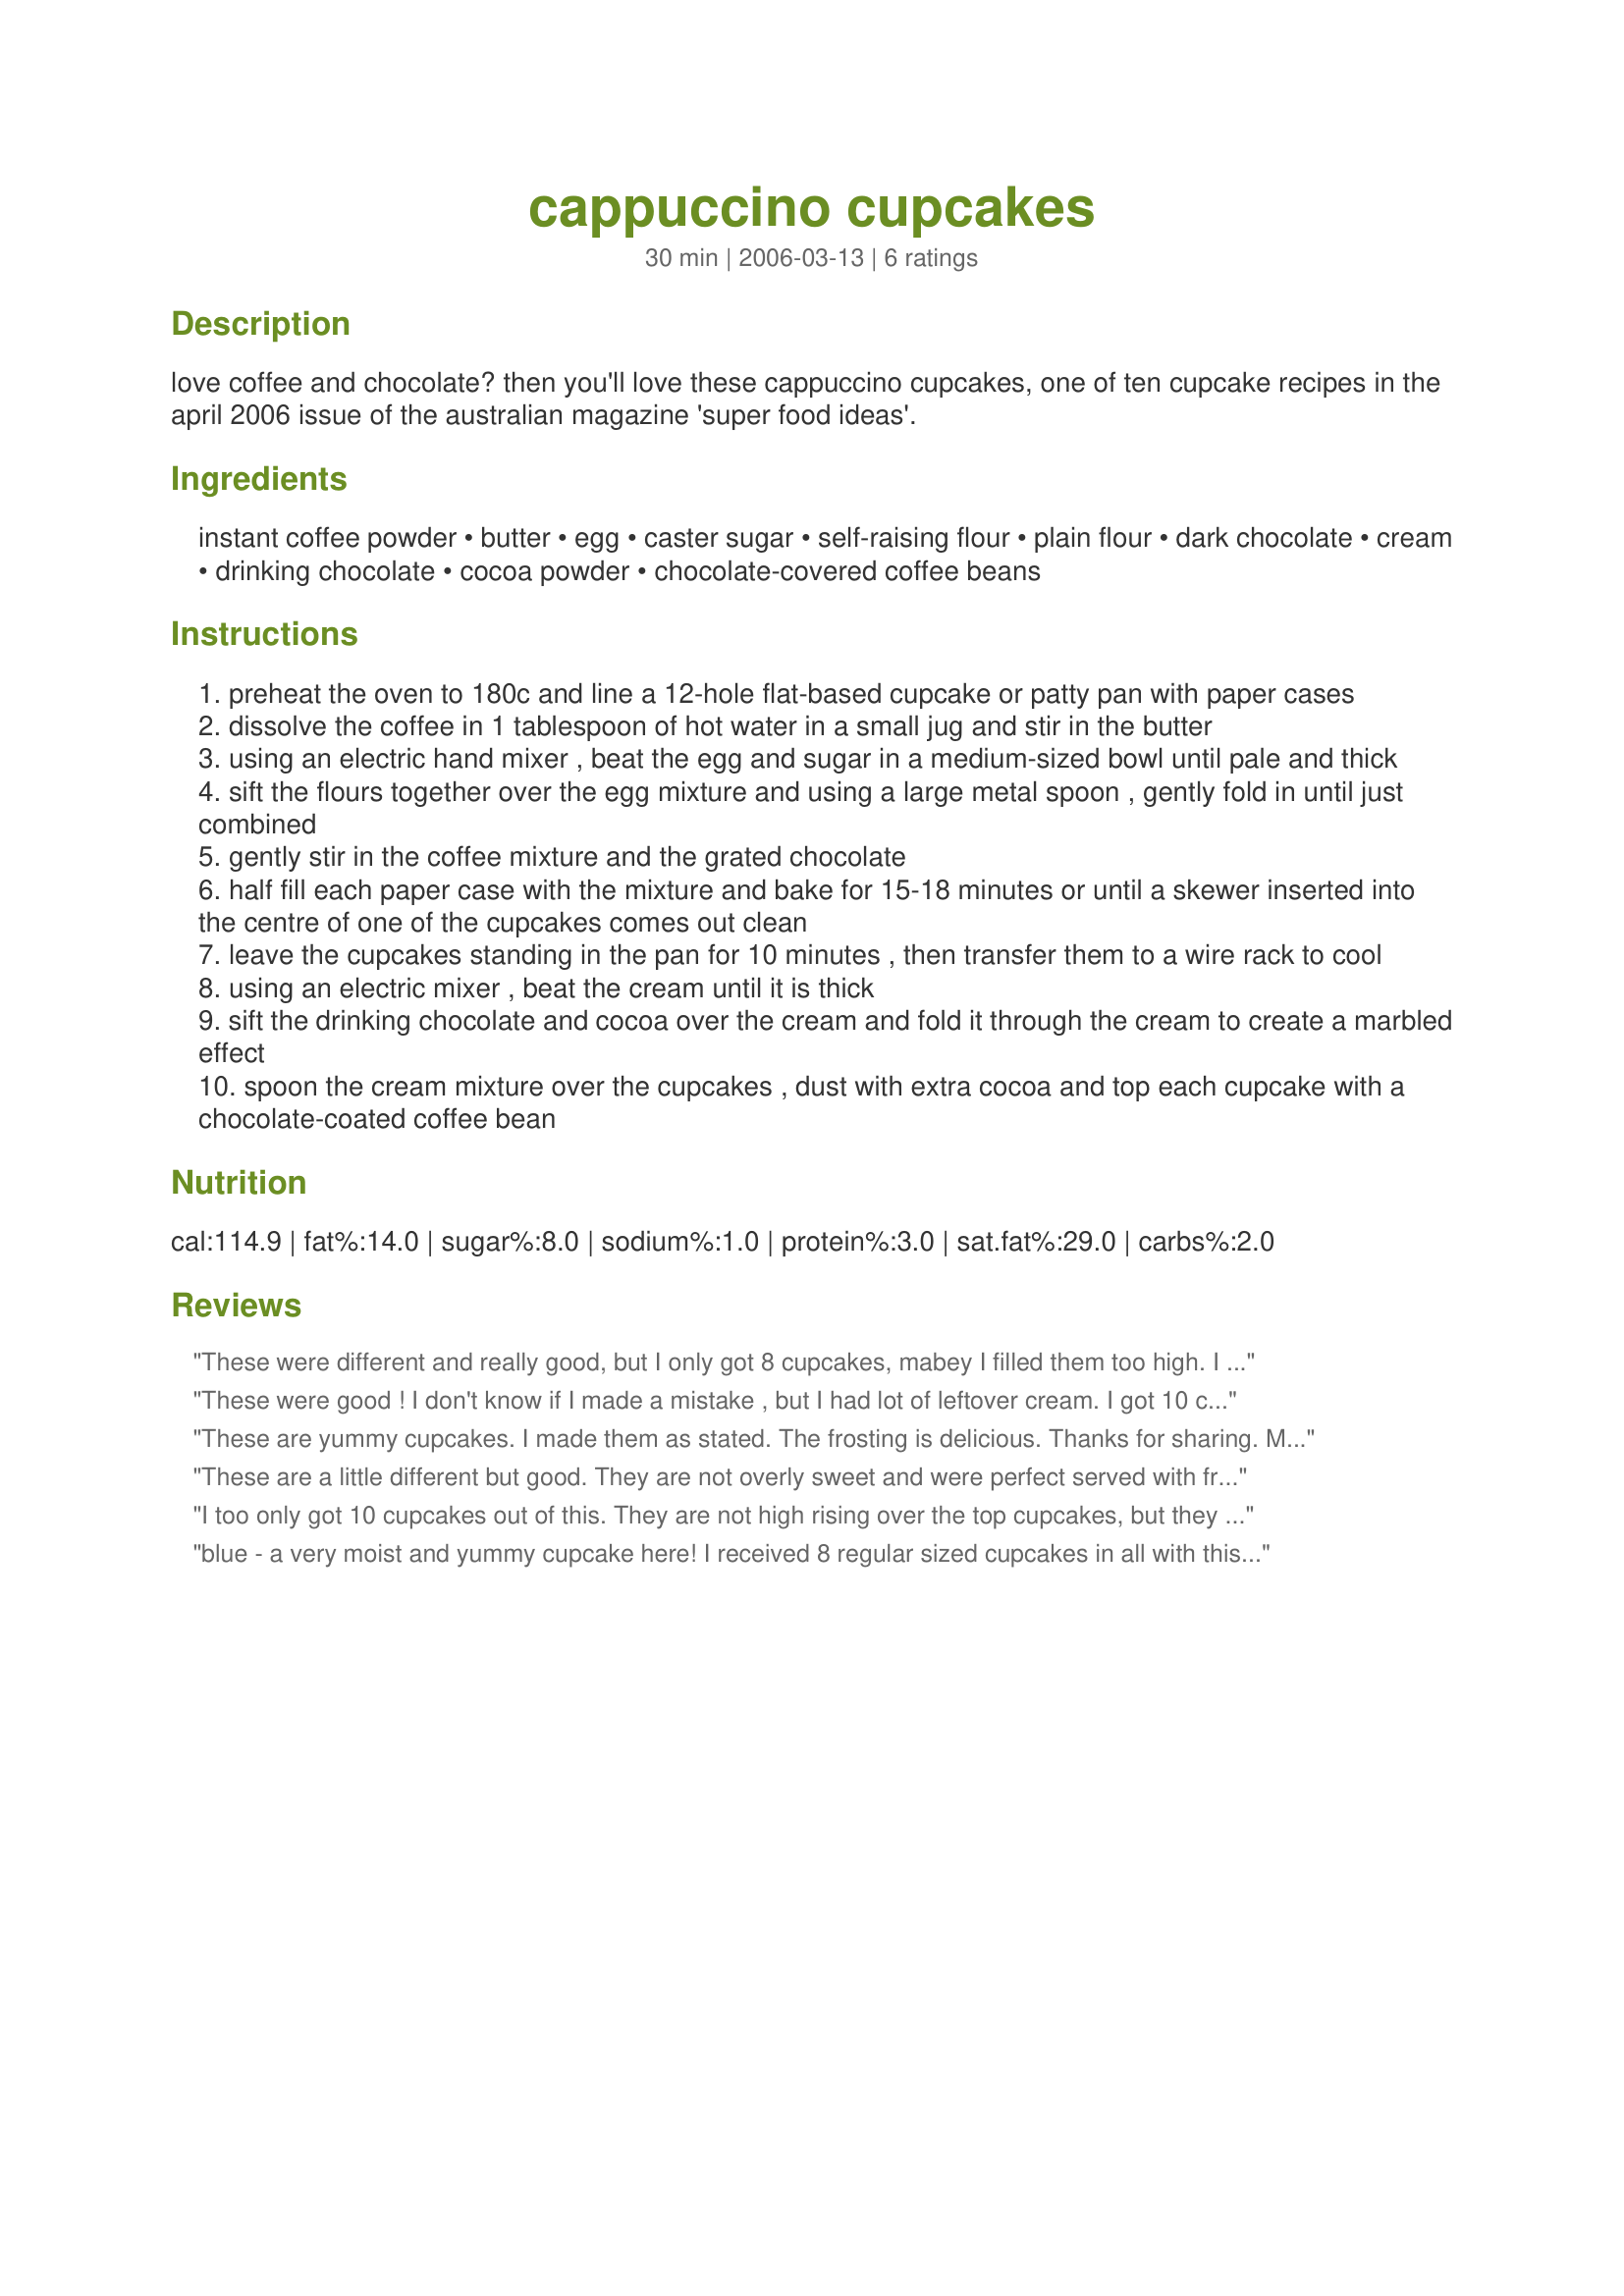
cappuccino cupcakes
Preparation time: 30 minutes

love coffee and chocolate? then you'll love these cappuccino cupcakes, one of ten cupcake recipes in the april 2006 issue of the australian magazine 'super food ideas'.

Ingredients:
instant coffee powder, butter, egg, caster sugar, self-raising flour, plain flour, dark chocolate, cream, drinking chocolate, cocoa powder, chocolate-covered coffee beans

Steps:
preheat the oven to 180c and line a 12-hole flat-based cupcake or patty pan with paper cases
dissolve the coffee in 1 tablespoon of hot water in a small jug and stir in the butter
using an electric hand mixer , beat the egg and sugar in a medium-sized bowl until pale and thick
sift the flours together over the egg mixture and using a large metal spoon , gently fold in until just combined
gently stir in the coffee mixture and the grated chocolate
half fill each paper case with the mixture and bake for 15-18 minutes or until a skewer inserted into the centre of one of the cupcakes comes out clean
leave the cupcakes standing in the pan for 10 minutes , then transfer them to a wire rack to cool
using an electric mixer , beat the cream until it is thick
sift the drinking chocolate and cocoa over the cream and fold it through the cream to create a marbled effect
spoon the cream mixture over the cupcakes , dust with extra cocoa and top each cupcake with a chocolate-coated coffee bean

Reviews:
These were different and really good, but I only got 8 cupcakes, mabey I filled them too high. I used all-purpose flour with 2 teaspoons baking powder as I do not have any self-rising flour, I found that I had to increased the flour amount slightly to thicken up the batter. thanks bluemoon!...Kitten
These were good ! I don't know if I made a mistake , but I had lot of leftover cream. I got 10 cupcakes out of this. Other than that they were very good.
These are yummy cupcakes. I made them as stated. The frosting is delicious. Thanks for sharing. Made for Gimme 5 tag.
These are a little different but good. They are not overly sweet and were perfect served with fresh strawberries and left over whipped cream. There was lots of whipped cream left over. I made these as per directions and my yield was 9 mini-cupcakes.
I too only got 10 cupcakes out of this. They are not high rising over the top cupcakes, but they are good. I used instant espresso in place of the coffee. I wasn't sure what drinking chocolate was, so I guessed it to be hot cocoa mix and used that. The cream frosting was very good. Adopted for Please Review My Recipe Tag - Thanks! :)
blue - a very moist and yummy cupcake here! I received 8 regular sized cupcakes in all with this recipe...I did fill about 3/4 full as other reviews stated they did not rise over the edge. The frosting really takes them over the top in flavor! I did end up with a lot of whipped topping leftover so saved that and served it with strawberries on the side the next night. A nice change to my standard cupcakes. I'm not sure what you meant by drinking chocolate but I used Hershey's Chocolate syrup since you called for only a teaspoon I felt it was the liquid syrup. I should have zmailed first and asked but no matter as the syrup worked fine in making the topping. Made for your win in Tag it Green in 123 Hits.
